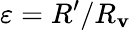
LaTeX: \varepsilon=R^{\prime}/R_{\mathbf{v}}